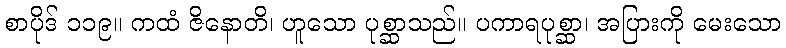
စာပိုဒ် ၁၁၉။ ကထံ ဇိနောတိ၊ ဟူသော ပုစ္ဆာသည်။ ပကာရပုစ္ဆာ၊ အပြားကို မေးသော